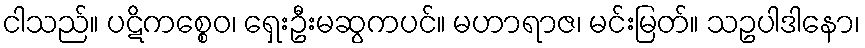
ငါသည်။ ပဋိကစ္စေဝ၊ ရှေးဦးမဆွကပင်။ မဟာရာဇ၊ မင်းမြတ်။ သဥပါဒါနော၊